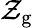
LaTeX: \mathcal{Z}_{\mathrm{{g}}}